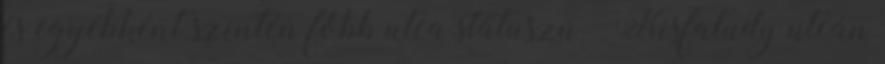
és egyébként szintén főbb utca státuszú – Kisfaludy utcán